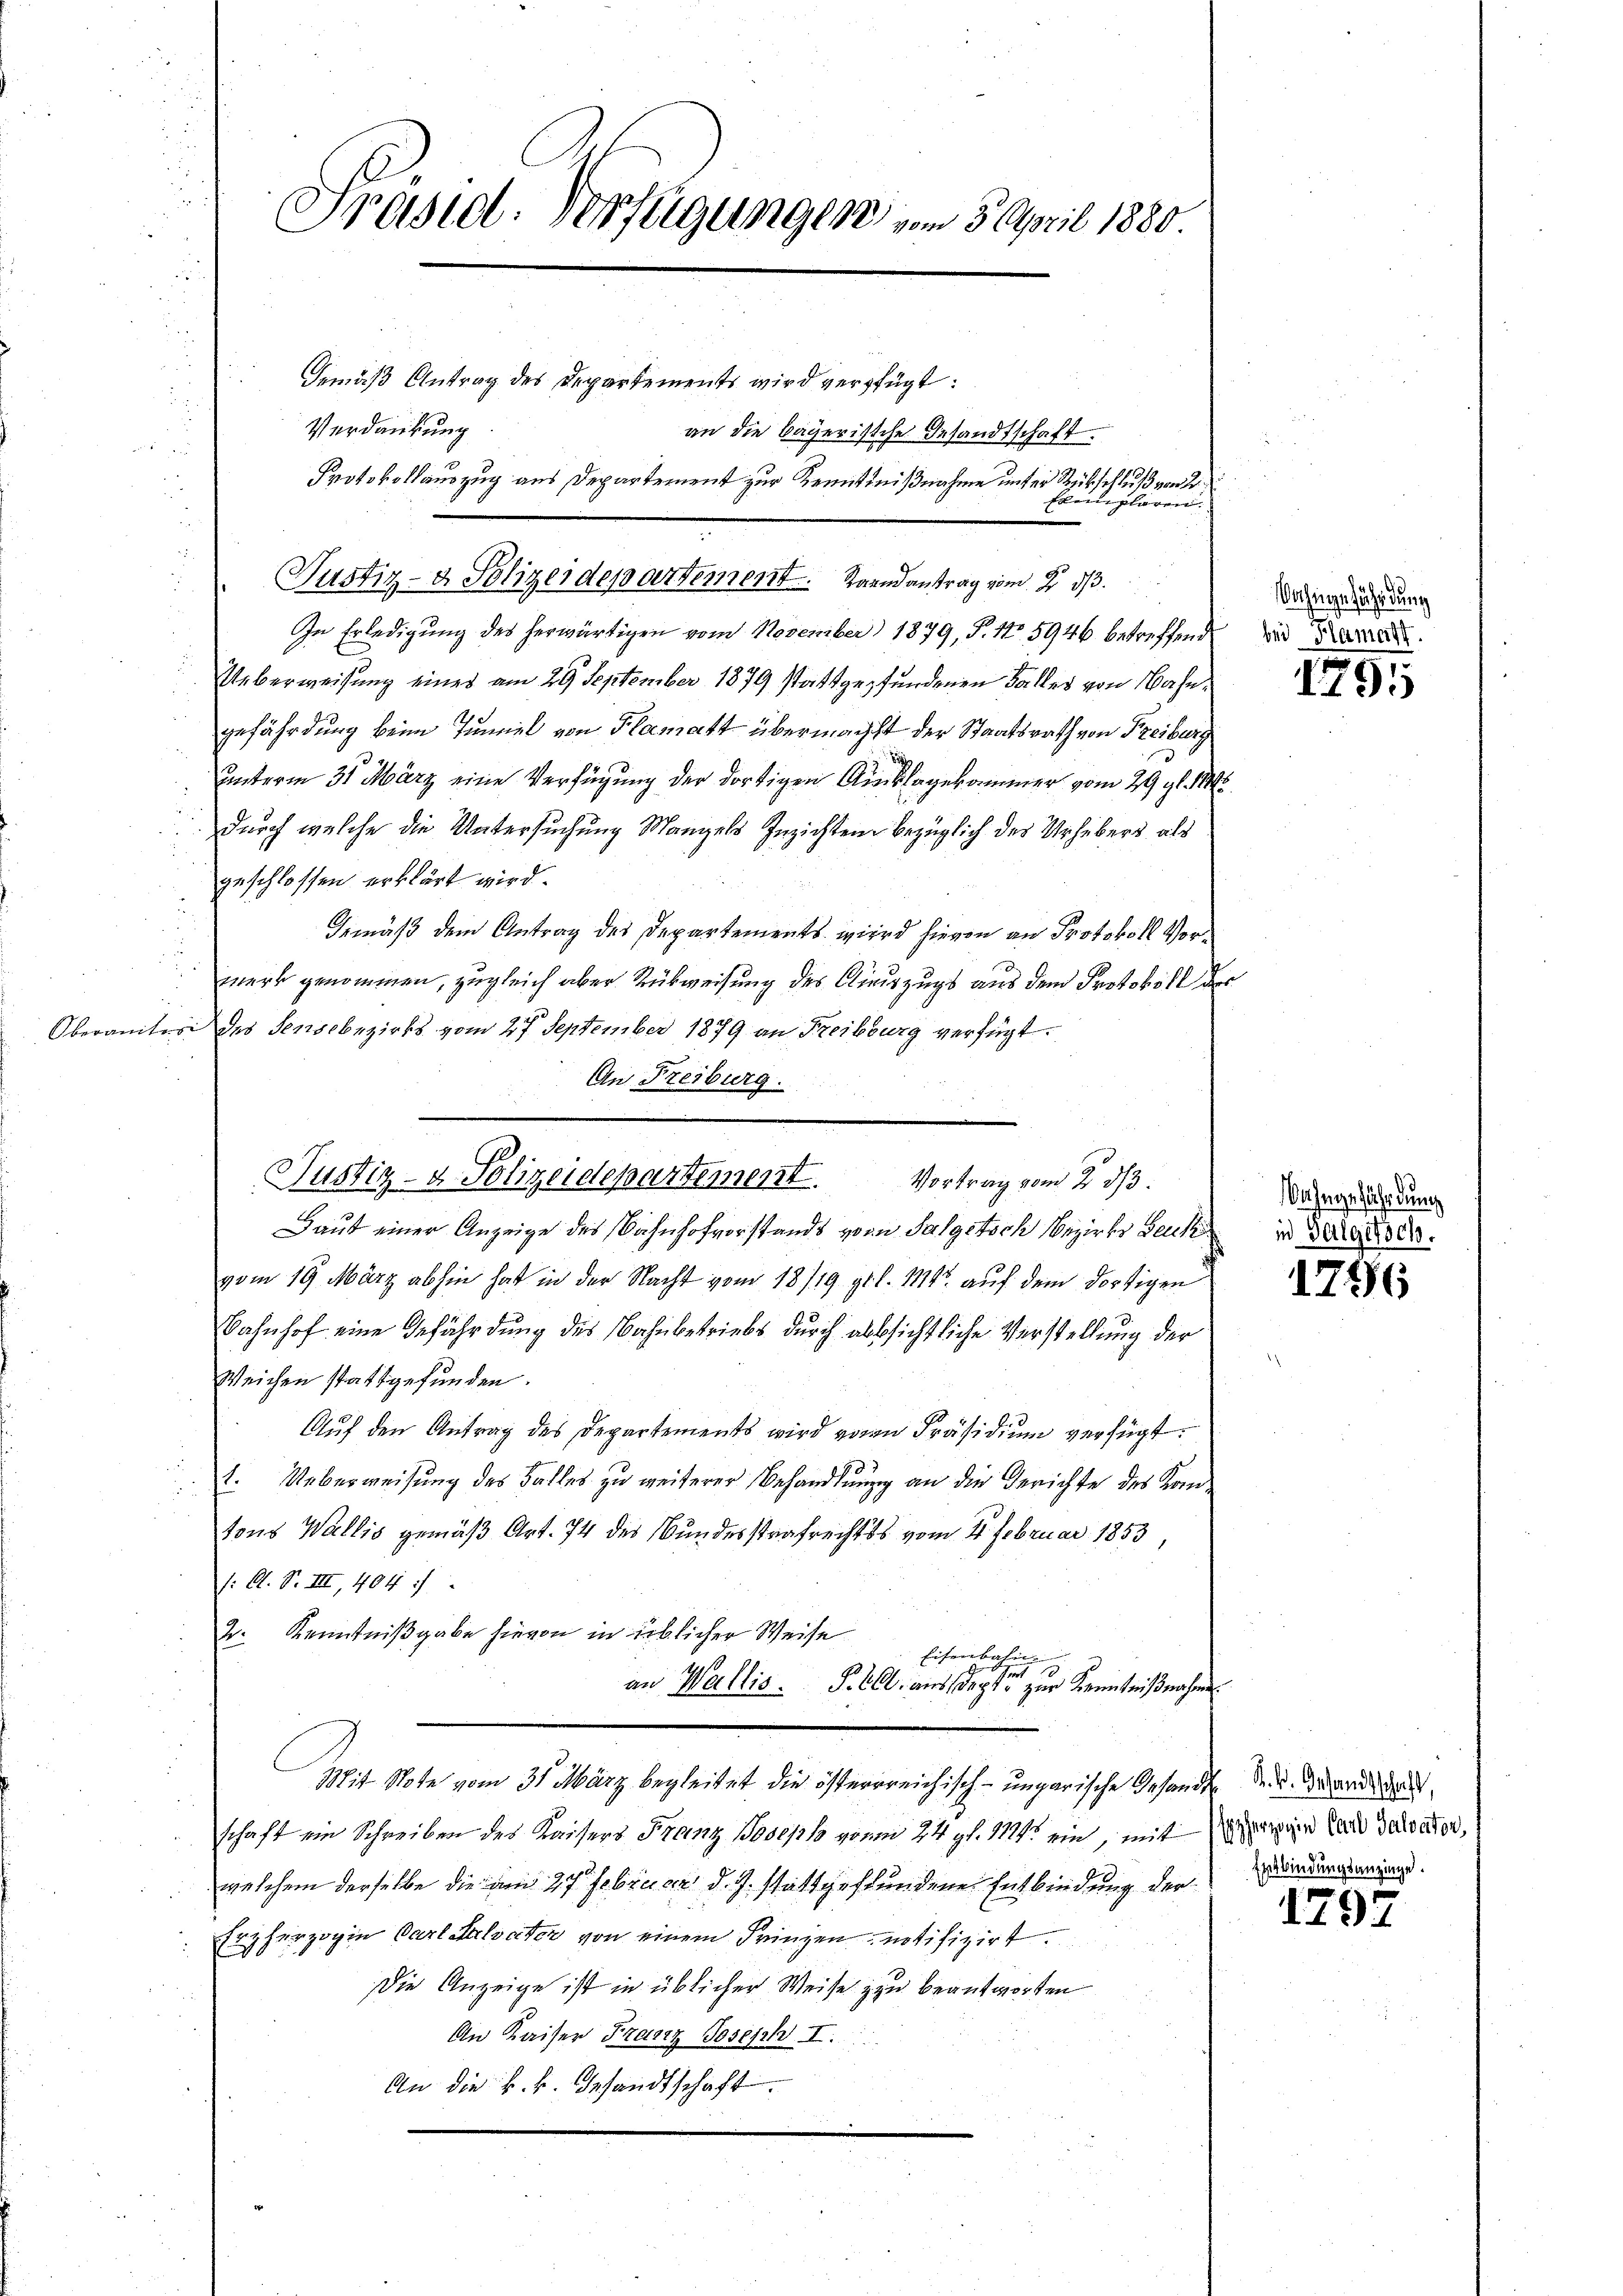
Oberamte

s
Verdankung
.
In Erledigung des herwärtigen vom November 1879, P. No 5946 betreffend
Ueberweisung eines am 29. September 1879 stattgefundenen Falles von Nahngefährdung beim Tunviel von Flamatt übermachst der Staatsrath von Freiburg
i
unterm 31. März eine Verfügung der dortigen Auslagekommer vom 29. gl. 11.
durch welche die Untersuchung Mangels Inzichten bezüglich des Urhebers, als
geschlossen erklärt wird.
Gemäß dem Antrag des Departements wird hievon an Protokoll Vorwerk genommen, zugleich aber Rückweisung des Fierzugs aus dem Protokoll de
eo des Sensbezirks vom 27. September 1879 an Freibburg verfügt.
An Freiburg.
Laut einer Anzeige des Bahnhofvorstands von Salgetsch Bezirks Benk
vom 19. März abhin hat in der Nacht vom 18/19. gl. l. 114 auf dem dortigen
Bahnhof eine Gefährdung des Bahnbetriebs durch aussichtliche Verstellung der
Weichen stattgefunden.
Auf den Antrag des Departements wird von Präsidium verfügt:
1. Ueberweisung des Falles zu weiterer Behandlung an die Gerichte des Komtons Wallis gemäß Art. 74 des Bundesstrafrechts vom 4. Februar 1853
/: A. S. III, 404
2. Kenntnißgabe hievon in üblicher Weise
Eisenbahn- |
t
an Wallis. S. 600. aus septe zur Kenntnißnahme
Mit Note vom 31. März begleitet die österrreichisch-ungarische Gesandte der ward da
schaft ein Schreiben des Kaisers Franz Joseph vom 24. gl. 112 ein, mit wir in Land Salvater,
welchem derselbe die am 27 Februar d. J. stattgestundene Entbindung der Bedingeringt.
Erzherzogin Carl Salvater von einem dringen notifizirt
Die Anzeige ist in üblicher Weise zu beantworten
An Kaiser Franz Joseph I.
An die k.k. Gesandtschaft.
i

Präsid. Verfügungen vom 3. April 1880

Gemäß Antrag des Departements wird verfügt:
Protokollauszug aus Departement zur Kenntnißnahme unter Rückschluß von 2.

an die bayerische Gesandtschaft.
Exemplaren.
Justiz- & Polizeidepartement . . . .   Taandantrag vom 2. ds.

Justiz- u. Polizeidepartement. Vortrag vom 2. dβ.

Vochingefährdung
bei Flamatt.

1791

Anhangefährdung
in Galgesch.

1796

1797